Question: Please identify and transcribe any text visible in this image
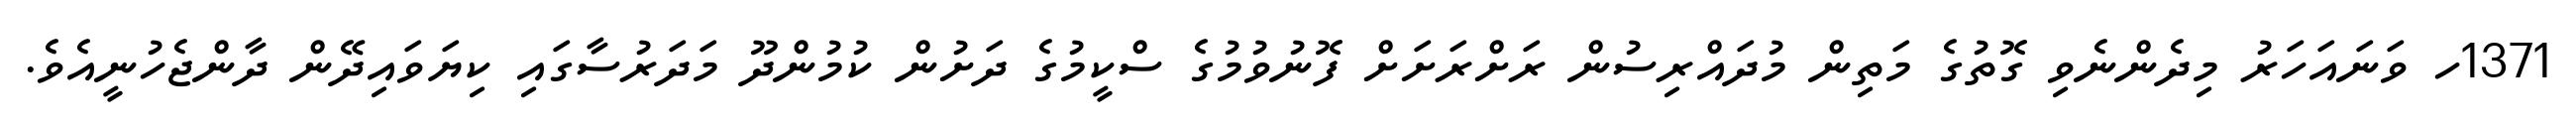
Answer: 1371ހ ވަނައަހަރު މިދެންނެވި ގޮތުގެ މަތިން މުދައްރިސުން ރަށްރަށަށް ފޮނުވުމުގެ ސްކީމުގެ ދަށުން ކުމުންދޫ މަދަރުސާގައި ކިޔަވައިދޭން ދާންޖެހުނީއެވެ.